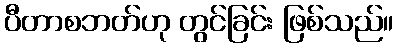
ပီတာစဘတ်ဟု တွင်ခြင်း ဖြစ်သည်။